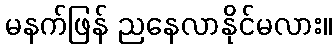
မနက်ဖြန် ညနေလာနိုင်မလား။